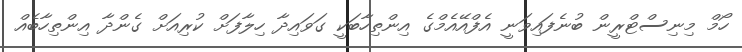
ހޯމް މިނިސްޓްރީން ބުނެފައިވަނީ އެފްއޭއެމްގެ އިންތިހާބަކީ ގަވައިދާ ހިލާފަށް ކުރިއަށް ގެންދާ އިންތިހާބެއް